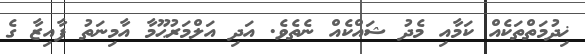
ޚިދުމަތްތަކެއް ކަމާއި މެދު ޝައްކެއް ނެތެވެ. އަދި އަލްމަރުޙޫމާ އާމިނަތު ފާއިޒާ ގެ